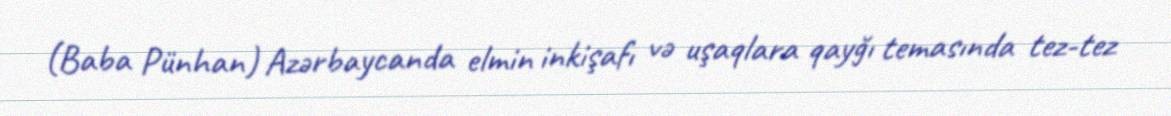
(Baba Pünhan) Azərbaycanda elmin inkişafı və uşaqlara qayğı temasında tez-tez